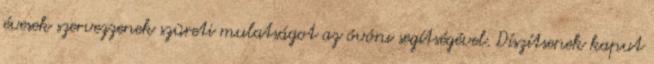
évesek szervezzenek szüreti mulatságot az óvónı segítségével. Díszítsenek kaput